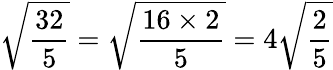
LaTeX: {\sqrt{\frac{32}{5}}}={\sqrt{\frac{16\times 2}{5}}}=4{\sqrt{\frac{2}{5}}}